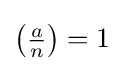
\textstyle \left({\frac {a}{n}}\right)=1